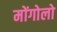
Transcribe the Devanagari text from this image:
मोंगोलो